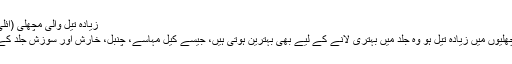
زیادہ تیل والی مچھلی (آئلی فش)
جن مچھلیوں میں زیادہ تیل ہو وہ جلد میں بہتری لانے کے لیے بھی بہترین ہوتی ہیں، جیسے کیل مہاسے، چنبل، خارش اور سوزش جلد کے لیے۔